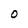
Character: 0